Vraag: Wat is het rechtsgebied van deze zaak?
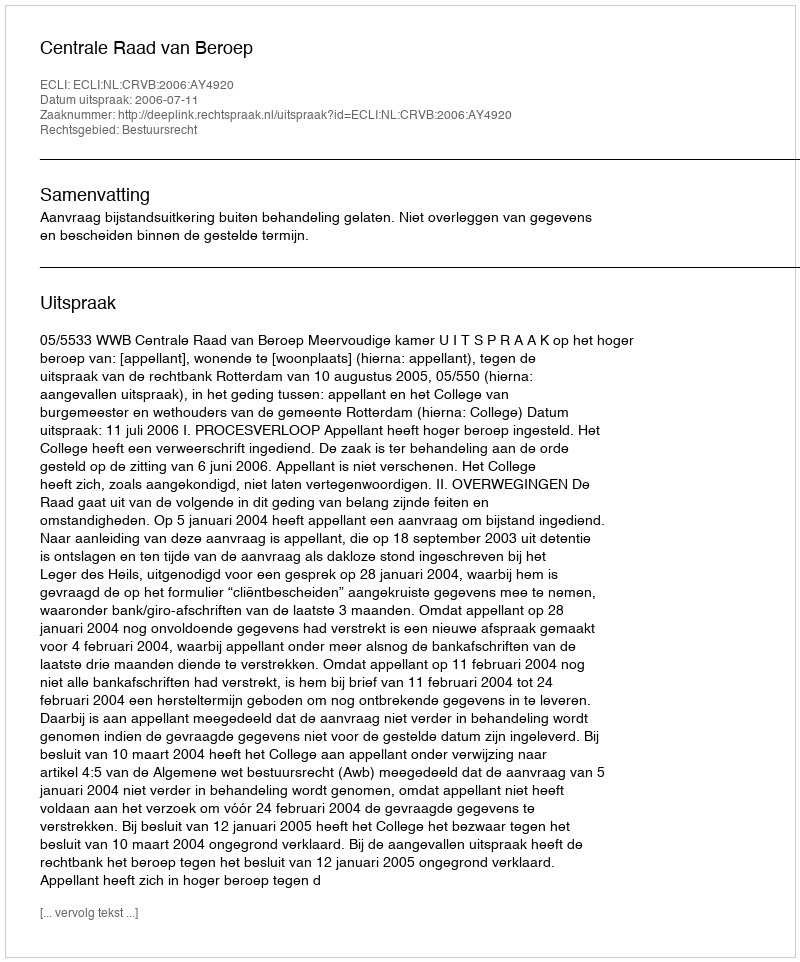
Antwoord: Bestuursrecht